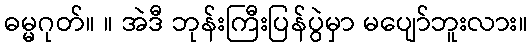
ဓမ္မဂုတ်။ ။ အဲဒီ ဘုန်းကြီးပြန်ပွဲမှာ မပျော်ဘူးလား။